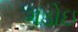
ગડોઇ